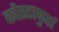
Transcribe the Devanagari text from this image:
कोस्टाकुर्टा